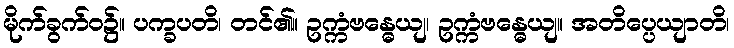
မိုက်ခွက်ဝ၌။ ပက္ခပတိ၊ တင်၏။ ဥက္ကံဗန္ဓေယျ၊ ဥက္ကံဗန္ဓေယျ။ အတိပ္ပေယျာတိ၊